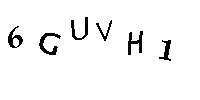
6GUVH1